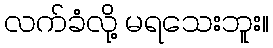
လက်ခံလို့ မရသေးဘူး။